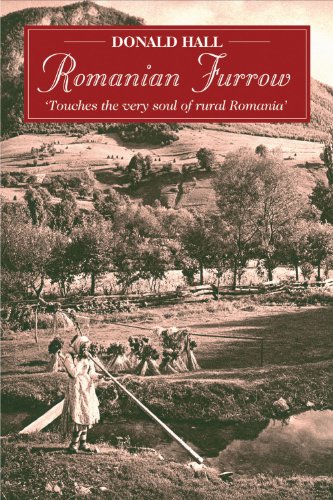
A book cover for Romanian Furrow: 'Touches the Very Soul of Rural Romania'; Donald Hall; Travel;